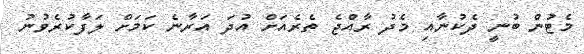
މެޓުން ބުނީ ދެކުނާއި މެދު ރާއްޖެ ތެރެއަށް އުދަ އަރާނެ ކަމަށް ލަފާކުރެވުނު